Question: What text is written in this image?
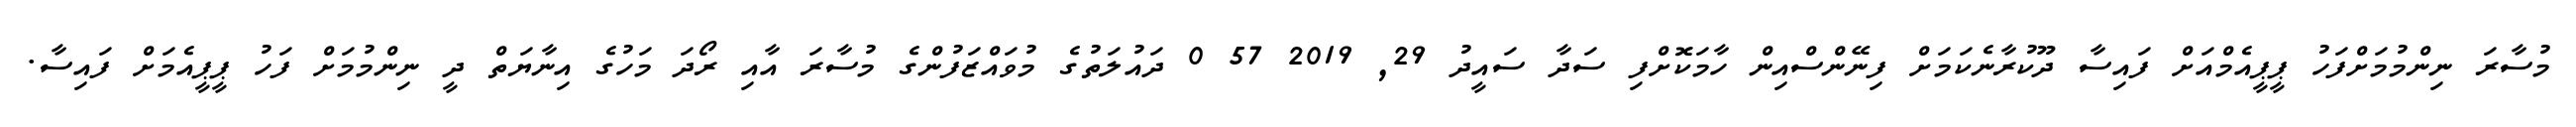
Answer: މުސާރަ ނިންމުމަށްފަހު ޕީޕީއެމްއަށް ފައިސާ ދޫކުރާނެކަމަށް ފިނޭންސްއިން ހާމަކޮށްފި ސަދާ ސައީދު 29, 2019 57 0 ދައުލަތުގެ މުވައްޒަފުންގެ މުސާރަ އާއި ރޯދަ މަހުގެ އިނާޔަތް ދީ ނިންމުމަށް ފަހު ޕީޕީއެމަށް ފައިސާ.